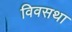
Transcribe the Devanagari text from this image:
विवसथा